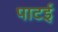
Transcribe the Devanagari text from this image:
पाटई